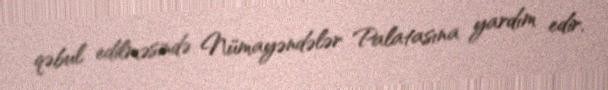
qəbul edilməsində Nümayəndələr Palatasına yardım edir.